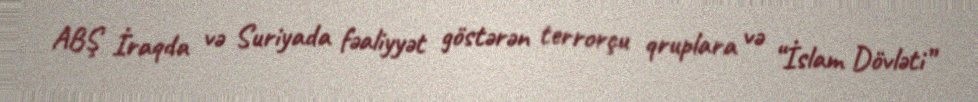
ABŞ İraqda və Suriyada fəaliyyət göstərən terrorçu qruplara və “İslam Dövləti”